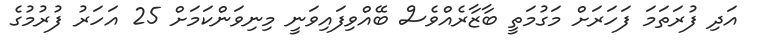
އަދި ފުރަތަމަ ފަހަރަށް މަގުމަތީ ބާޒާރެއްވެސް ބޭއްވިފައިވަނީ މިނިވަންކަމަށް 25 އަހަރު ފުރުމުގެ